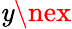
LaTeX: \mathit{y}\nex